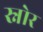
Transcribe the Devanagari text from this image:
स्नोर